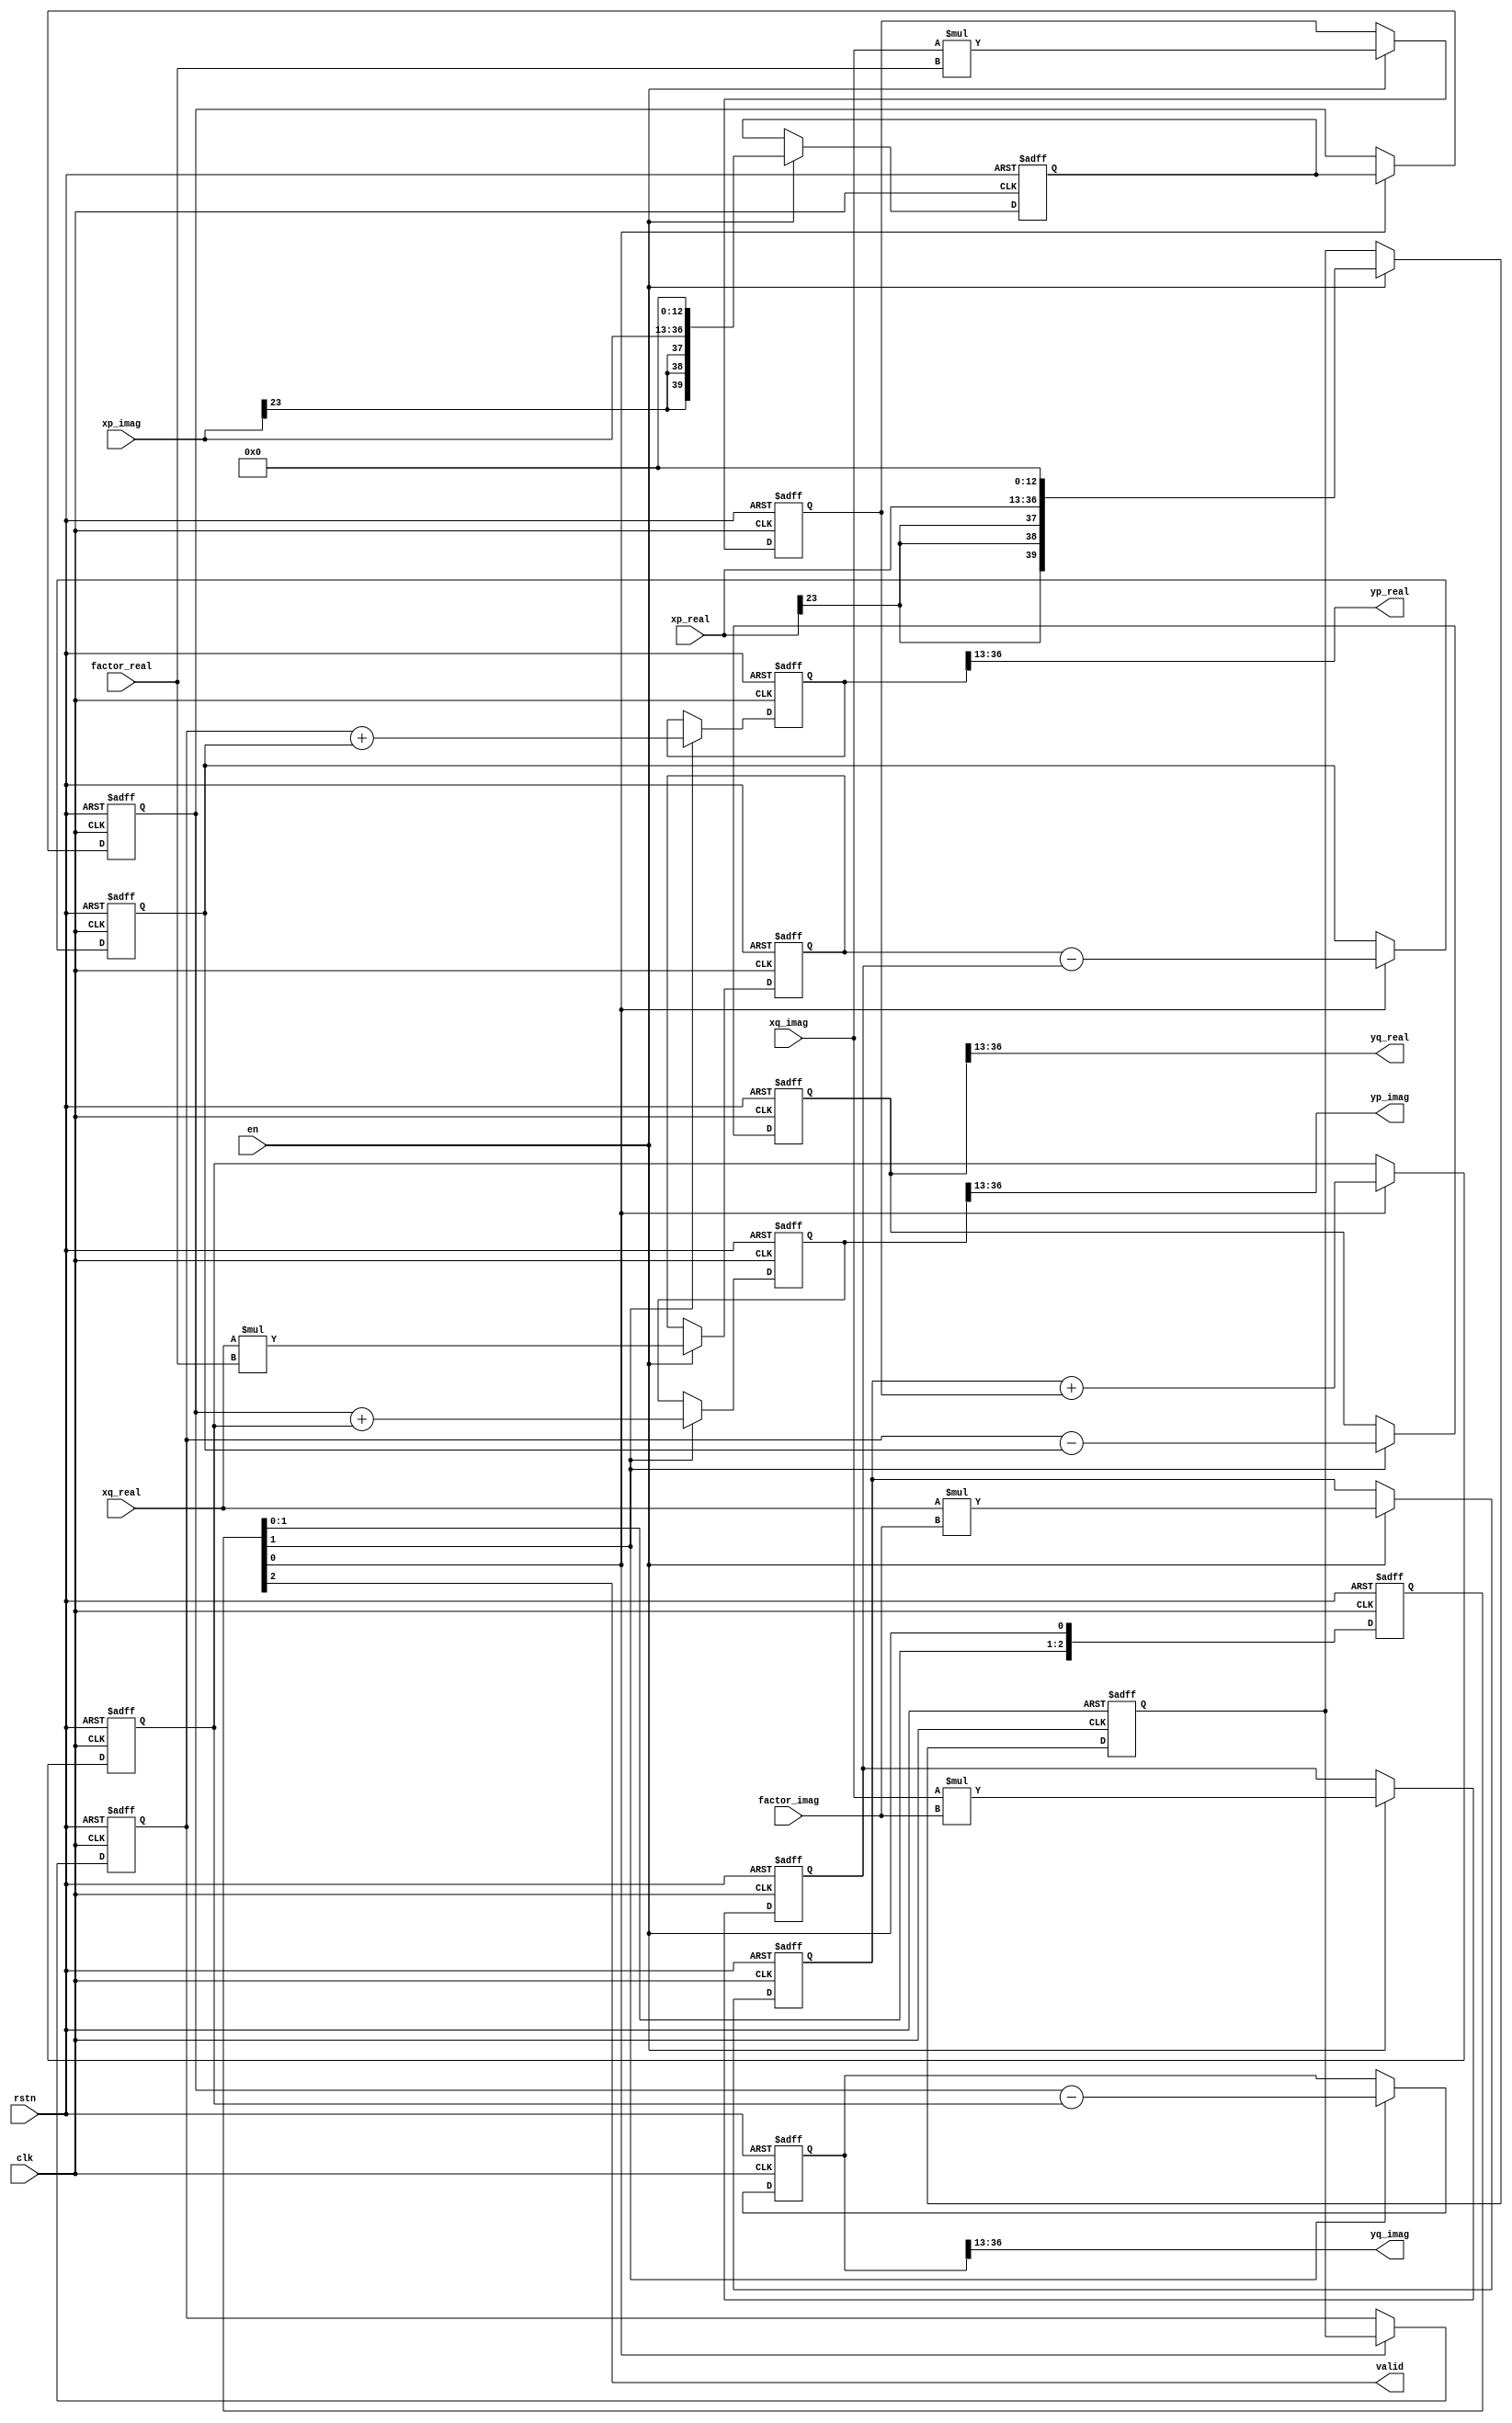
`timescale 1ns/100ps
/*********************** butter unit ******************************

Xm(p) ------------------------> Xm+1(p)
           -        ->
             -    -
                -
              -   -
            -        ->
Xm(q) ------------------------> Xm+1(q)
      Wn          -1

*/////////////////////////////////////////////////////////////////
module butterfly
  (
    input                       clk,
    input                       rstn,
    input                       en,
    input signed [23:0]         xp_real, // Xm(p)
    input signed [23:0]         xp_imag,
    input signed [23:0]         xq_real, // Xm(q)
    input signed [23:0]         xq_imag,
    input signed [15:0]         factor_real, // Wnr
    input signed [15:0]         factor_imag,

    output                      valid,
    output signed [23:0]        yp_real, //Xm+1(p)
    output signed [23:0]        yp_imag,
    output signed [23:0]        yq_real, //Xm+1(q)
    output signed [23:0]        yq_imag);

   reg [4:0]                    en_r ;
   always @(posedge clk or negedge rstn) begin
      if (!rstn) begin
         en_r   <= 'b0 ;
      end
      else begin
         en_r   <= {en_r[3:0], en} ;
      end
   end

   //================================================================================//
   //(1.0) Xm(q) mutiply and Xm(p) delay
   reg signed [39:0] xq_wnr_real0;
   reg signed [39:0] xq_wnr_real1;
   reg signed [39:0] xq_wnr_imag0;
   reg signed [39:0] xq_wnr_imag1;
   reg signed [39:0] xp_real_d;
   reg signed [39:0] xp_imag_d;
   always @(posedge clk or negedge rstn) begin
      if (!rstn) begin
         xp_real_d      <= 'b0;
         xp_imag_d      <= 'b0;
         xq_wnr_real0   <= 'b0;
         xq_wnr_real1   <= 'b0;
         xq_wnr_imag0   <= 'b0;
         xq_wnr_imag1   <= 'b0;
      end
      else if (en) begin
         xq_wnr_real0   <= xq_real * factor_real;
         xq_wnr_real1   <= xq_imag * factor_imag;
         xq_wnr_imag0   <= xq_real * factor_imag;
         xq_wnr_imag1   <= xq_imag * factor_real;
         xp_real_d      <= {{4{xp_real[23]}}, xp_real[22:0], 13'b0} ; //expand 14bit as Wnr
         xp_imag_d      <= {{4{xp_imag[23]}}, xp_imag[22:0], 13'b0} ;
      end
   end

   //(1.1) finish Xm(q) mutiply(adding) and Xm(p) delay
   reg signed [39:0] xp_real_d1;
   reg signed [39:0] xp_imag_d1;
   reg signed [39:0] xq_wnr_real;
   reg signed [39:0] xq_wnr_imag;
   always @(posedge clk or negedge rstn) begin
      if (!rstn) begin
         xp_real_d1     <= 'b0;
         xp_imag_d1     <= 'b0;
         xq_wnr_real    <= 'b0 ;
         xq_wnr_imag    <= 'b0 ;
      end
      else if (en_r[0]) begin
         xp_real_d1     <= xp_real_d;
         xp_imag_d1     <= xp_imag_d;
         xq_wnr_real    <= xq_wnr_real0 - xq_wnr_real1 ; //no overflow
         xq_wnr_imag    <= xq_wnr_imag0 + xq_wnr_imag1 ;
      end
   end


   //================================================================================//
   //(2.0) butter results
   reg signed [39:0] yp_real_r;
   reg signed [39:0] yp_imag_r;
   reg signed [39:0] yq_real_r;
   reg signed [39:0] yq_imag_r;
   always @(posedge clk or negedge rstn) begin
      if (!rstn) begin
         yp_real_r      <= 'b0;
         yp_imag_r      <= 'b0;
         yq_real_r      <= 'b0;
         yq_imag_r      <= 'b0;
      end
      else if (en_r[1]) begin
         yp_real_r      <= xp_real_d1 + xq_wnr_real;
         yp_imag_r      <= xp_imag_d1 + xq_wnr_imag;
         yq_real_r      <= xp_real_d1 - xq_wnr_real;
         yq_imag_r      <= xp_imag_d1 - xq_wnr_imag;
      end
   end

   //(3) discard the low 13bits because of Wnr
   assign yp_real = {yp_real_r[39], yp_real_r[13+23:13]};
   assign yp_imag = {yp_imag_r[39], yp_imag_r[13+23:13]};
   assign yq_real = {yq_real_r[39], yq_real_r[13+23:13]};
   assign yq_imag = {yq_imag_r[39], yq_imag_r[13+23:13]};
   assign valid   = en_r[2];

endmodule